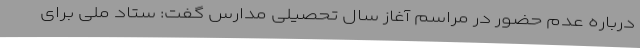
درباره عدم حضور در مراسم آغاز سال تحصیلی مدارس گفت: ستاد ملی برای